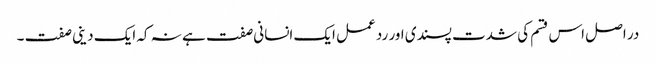
در اصل اس قسم کی شدت پسندی اور رد عمل ایک انسانی صفت ہے نہ کہ ایک دینی صفت ۔